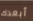
أبعدك